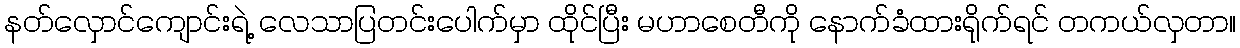
နတ်လှောင်ကျောင်းရဲ့ လေသာပြတင်းပေါက်မှာ ထိုင်ပြီး မဟာစေတီကို နောက်ခံထားရိုက်ရင် တကယ်လှတာ။